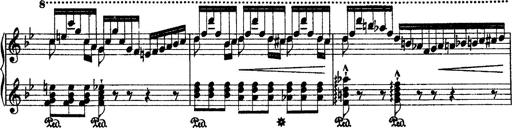
Title: 2 KonzertetÃ¼den
Composer: Franz Liszt